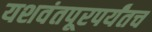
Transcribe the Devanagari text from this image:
यशवंतपूरपर्यंतच